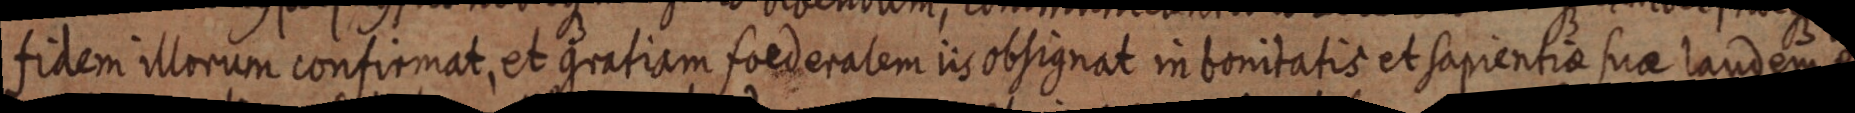
fidem illorum confirmat, et gratiam foederalem iis obsignat in bonitatis et sapientia suae laudem et